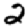
Digit: 2